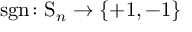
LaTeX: \operatorname { s g n } \colon \mathrm { S } _ { n } \rightarrow \{ + 1 , - 1 \}